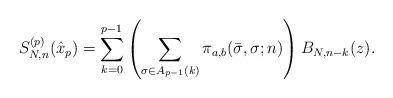
LaTeX: \begin{align*} S_{N,n}^{(p)} (\hat{x}_p)=\sum _{k=0}^{p-1}\left(\sum _{\sigma \in A_{p-1} (k)}\pi_{a,b}(\bar{\sigma },\sigma ;n) \right)B_{N,n-k} ( z) .\end{align*}